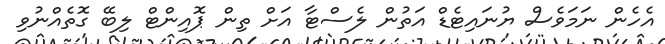
އެހެން ނަމަވެސް ޔުނައިޓެޑް އަތުން ލެސްޓާ އަށް ތިން ޕޮއިންޓް ލިބޭ ގޮތެއްނުވި